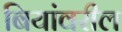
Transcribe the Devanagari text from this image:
बियांवरील